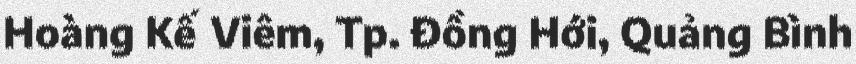
Hoàng Kế Viêm, Tp. Đồng Hới, Quảng Bình